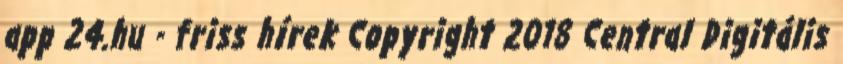
app 24.hu - friss hírek Copyright 2018 Central Digitális